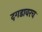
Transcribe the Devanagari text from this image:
दगडावरच